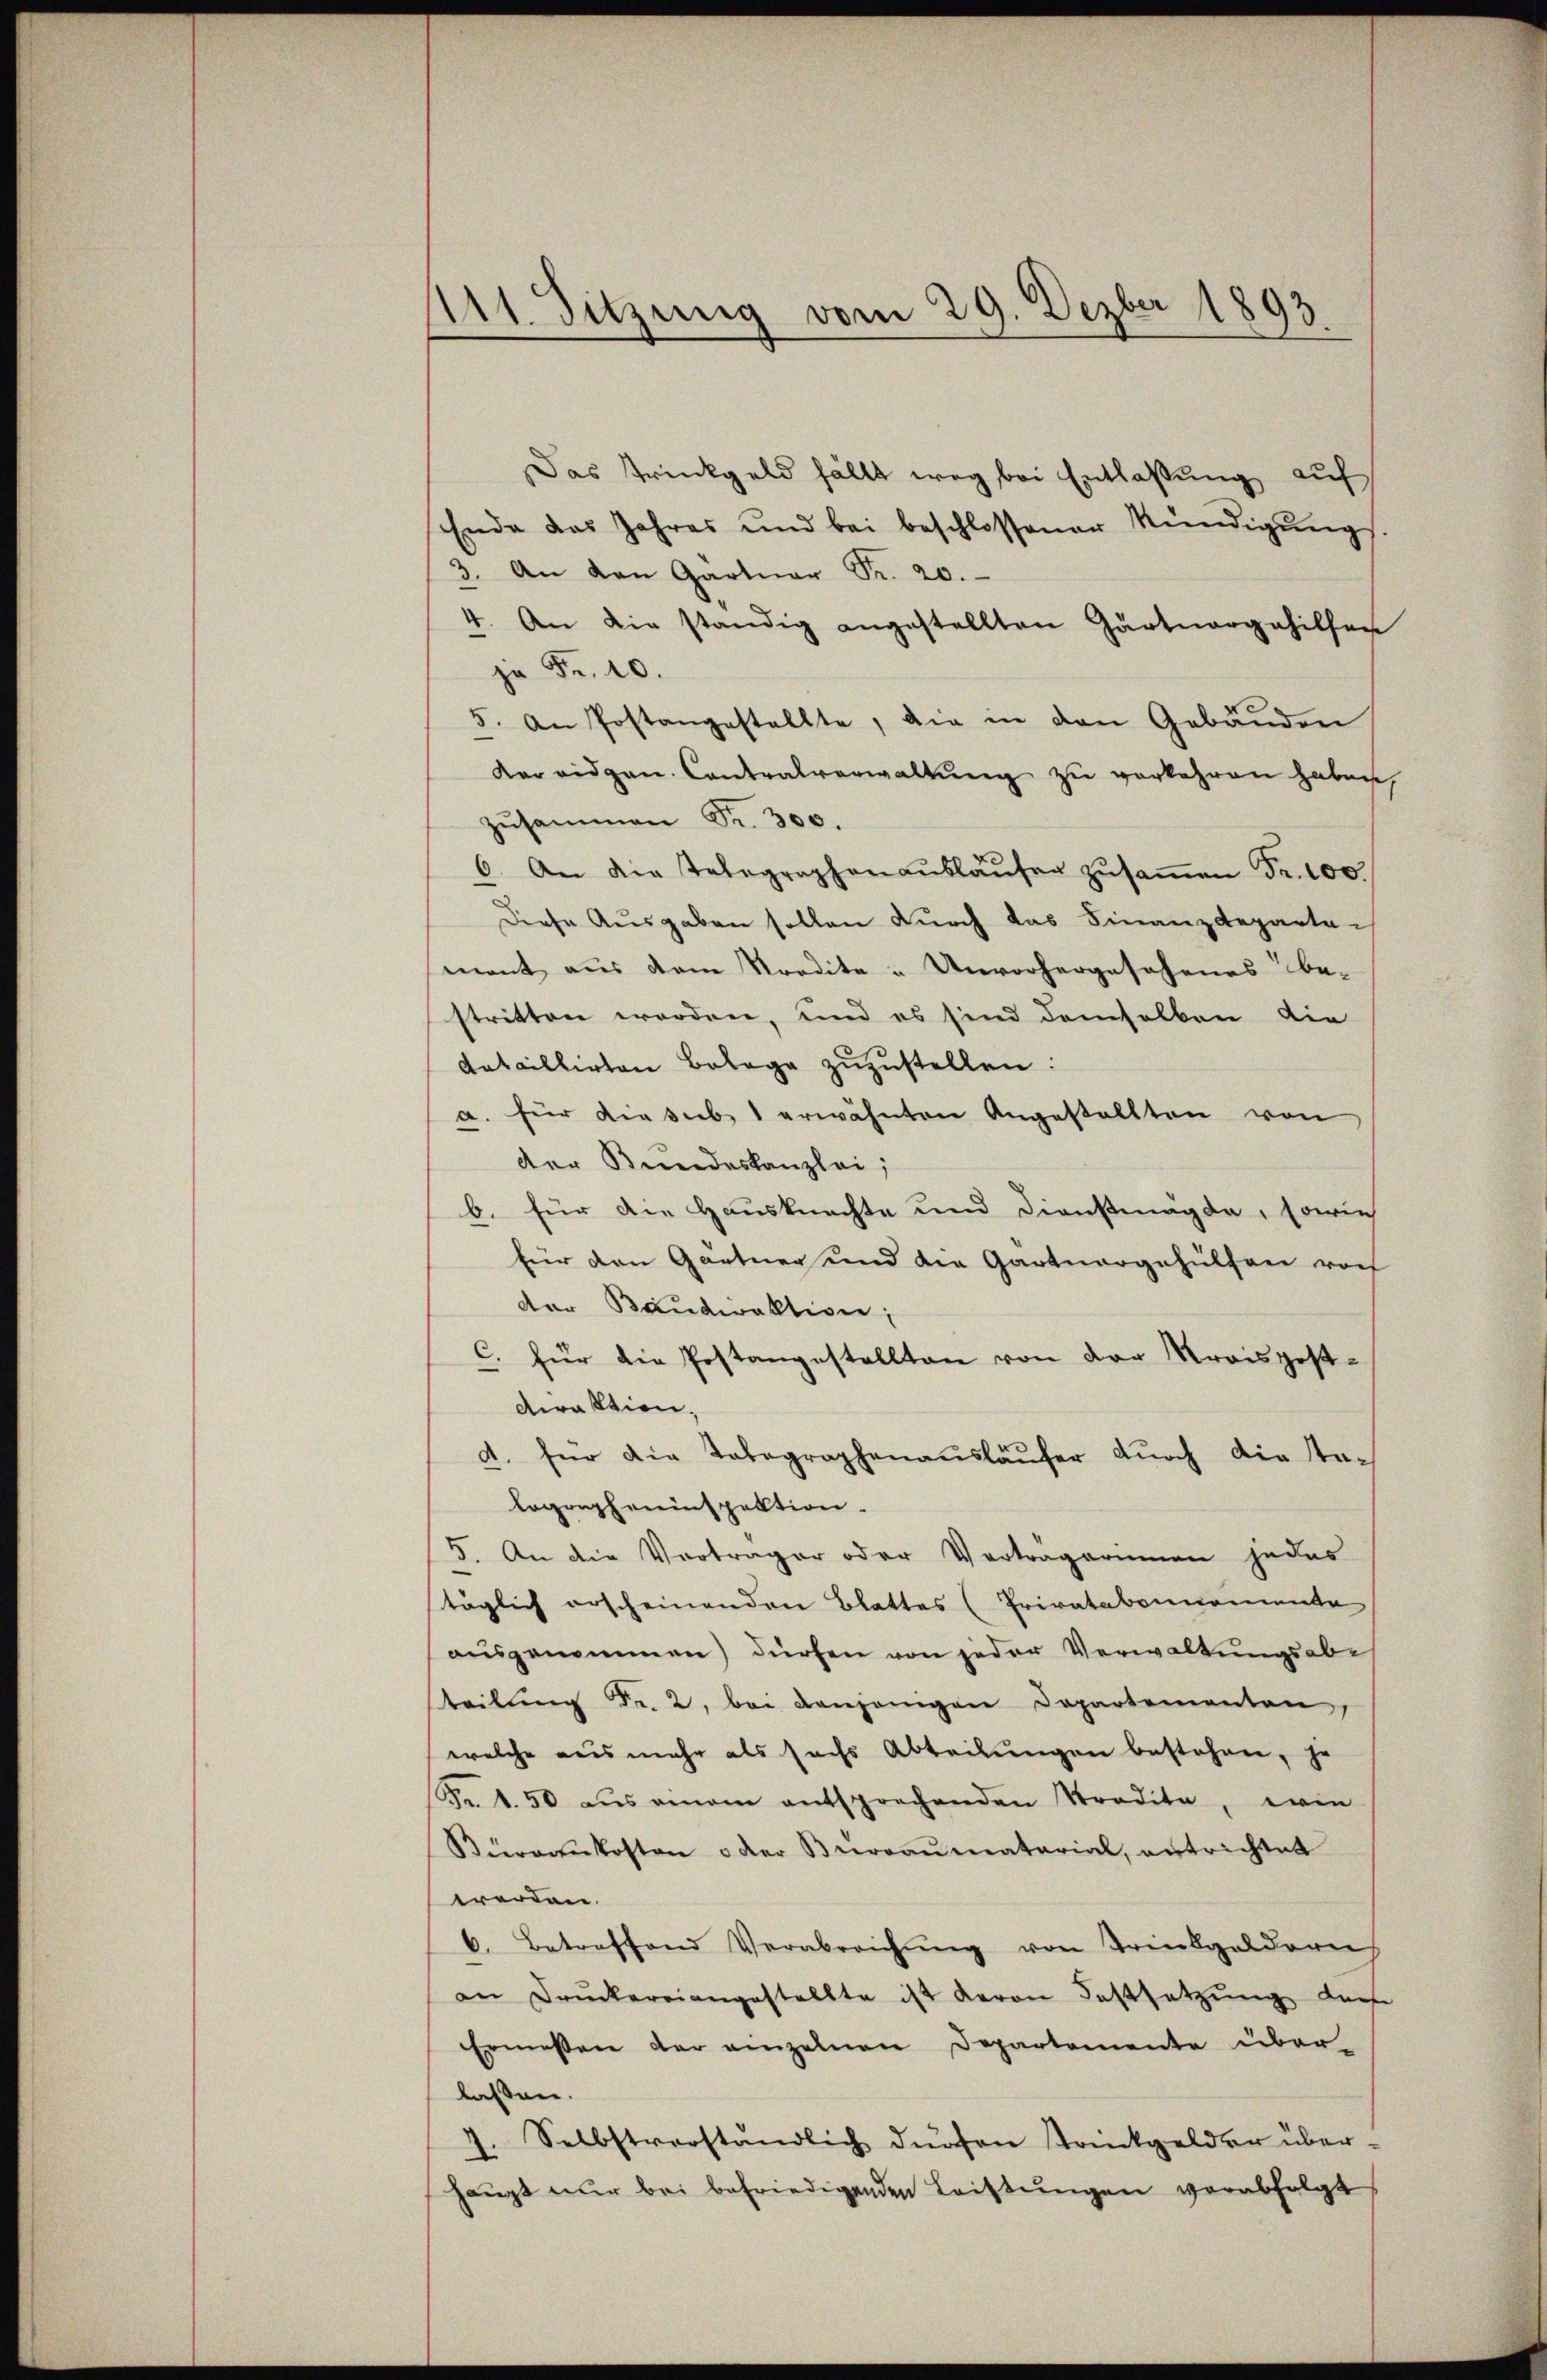
111. Sitzung vom 29. Dezber 1893

Das Trinkgeld fällt weg bei Entlaßung auf
Ende das Jahres und bei beschlossener Kündigŭngs.
3. An den Gartner Fr. 20.
4. An die ständig angestellten Gärtnergehilfen
zu Fr. 10.
5. An Postangestellte, die in den Gebäŭden
Karridgen. Contralverwaltŭng zu verkehren haben,
zusammen Fr. 300.
6. An die Telegraphenaŭslaŭfer zŭsaṁen Fr. 100
Diese Ausgaben sollen durch das Finanzdepartemant aus dem Kredita u Unvorhergesehenes be-
stritten worden, und es sind demselben die
dataillirten Belege zŭzŭstellen.
a. für die sub 1 erwähnten Angestellten von
der Bundeskanzlei,
b. für die Hausknechte und Dienstmagda, sowie
für den Gärtner und die Gartnergehülfen vor
der Baudirektivie;
C. für die Postangestellten von der Kreisgest-
direktion,
d. für die Tabegraphenaŭsläŭfer dŭrch die Stalographeninspektion.
5. An die Verträger oder Vorträgerinnen jedes
täglich erscheinenden Blattes (Privatabonnemente
ausgenommen) dürfen von jeder Verwaltungsabe
teilung Fr. 2, bei denjenigen Departementen,
welche aus mehr als sechs Abteilungen bestehen, je
Fr. 1.50 aus einem entsprechenden Stradita, wie
Bürgenkosten oder Berraŭmatarial, entrichtet
werden.
6. Betreffend Verabreichung von Trinkgelderech
an Druckereiangestellte ist deron Festsetzŭng darf
Ermessen der einzelnen Departemente über
lassen.
Selbstverständlich dürfen strinkgelder über-
haupt nur bei befriedigenden Leistungen verabfolgt